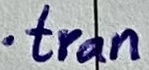
Text: .tran